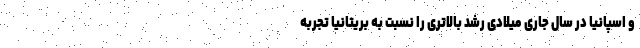
و اسپانیا در سال جاری میلادی رشد بالاتری را نسبت به بریتانیا تجربه